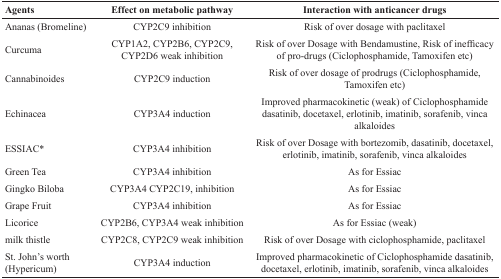
| Agents | Effect on metabolic pathway | Interaction with anticancer drugs |
 | --- | --- | --- |
 | Ananas (Bromeline) | CYP2C9 inhibition | Risk of over dosage with paclitaxel |
 | Curcuma | CYP1A2, CYP2B6, CYP2C9, CYP2D6 weak inhibition | Risk of over Dosage with Bendamustine, Risk of inefficacy of pro-drugs (Ciclophosphamide, Tamoxifen etc) |
 | Cannabinoides | CYP2C9 induction | Risk of over dosage of prodrugs (Ciclophosphamide, Tamoxifen etc) |
 | Echinacea | CYP3A4 induction | Improved pharmacokinetic (weak) of Ciclophosphamide dasatinib, docetaxel, erlotinib, imatinib, sorafenib, vinca alkaloides |
 | ESSIAC* | CYP3A4 inhibition | Risk of over Dosage with bortezomib, dasatinib, docetaxel, erlotinib, imatinib, sorafenib, vinca alkaloides |
 | Green Tea | CYP3A4 inhibition | As for Essiac |
 | Gingko Biloba | CYP3A4 CYP2C19, inhibition | As for Essiac |
 | Grape Fruit | CYP3A4 inhibition | As for Essiac |
 | Licorice | CYP2B6, CYP3A4 weak inhibition | As for Essiac (weak) |
 | milk thistle | CYP2C8, CYP2C9 weak inhibition | Risk of over Dosage with ciclophosphamide, paclitaxel |
 | St. John's worth (Hypericum) | CYP3A4 induction | Improved pharmacokinetic of Ciclophosphamide dasatinib, docetaxel, erlotinib, imatinib, sorafenib, vinca alkaloides |